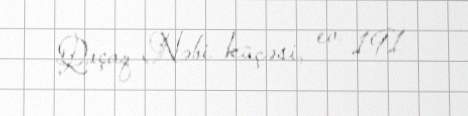
Qaçaq Nəbi küçəsi, ev 191